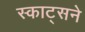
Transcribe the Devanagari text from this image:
स्काट्सने